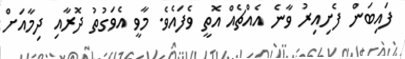
ފައިބަން ފެށިއިރު ވާނެ އެއްޗެއް އޮތީ ވެފައެވެ. މާވީ އެވަގުތު ދޮރާއި ދިމާއަށް